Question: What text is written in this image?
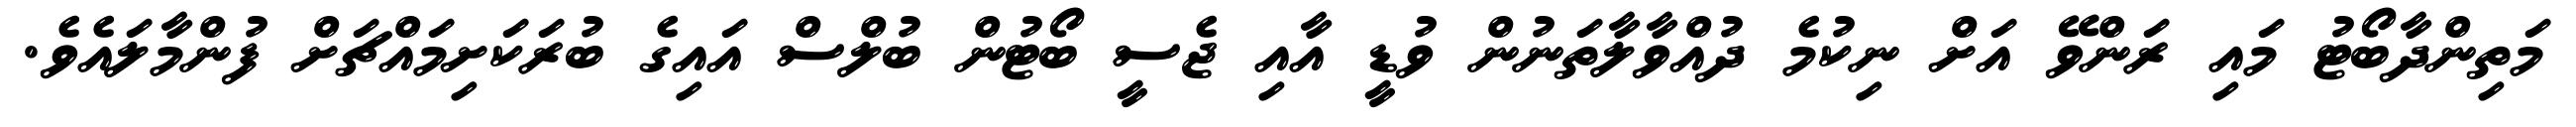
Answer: މަތިންދާބޯޓު މައި ރަންވޭ އަށް ނިކުމެ ދުއްވާލާތަނުން ވުޑީ އާއި ޖެސީ ބޯޓުން ބުލްސް އައިގެ ބުރަކަށިމައްޗަށް ފުންމާލައެވެ.